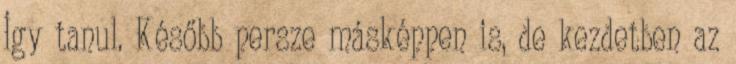
Így tanul. Később persze másképpen is, de kezdetben az